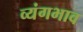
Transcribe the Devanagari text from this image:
व्यंगभाव